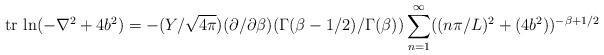
LaTeX: \begin{align*}{\rm tr~ln}(-\nabla^2+4b^2)=-(Y/\sqrt{4\pi})(\partial/\partial\beta)(\Gamma (\beta-1/2)/\Gamma (\beta))\sum_{n=1}^\infty ((n\pi/L)^2+(4b^2))^{-\beta+1/2}\end{align*}